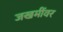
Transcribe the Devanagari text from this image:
जखमींवर